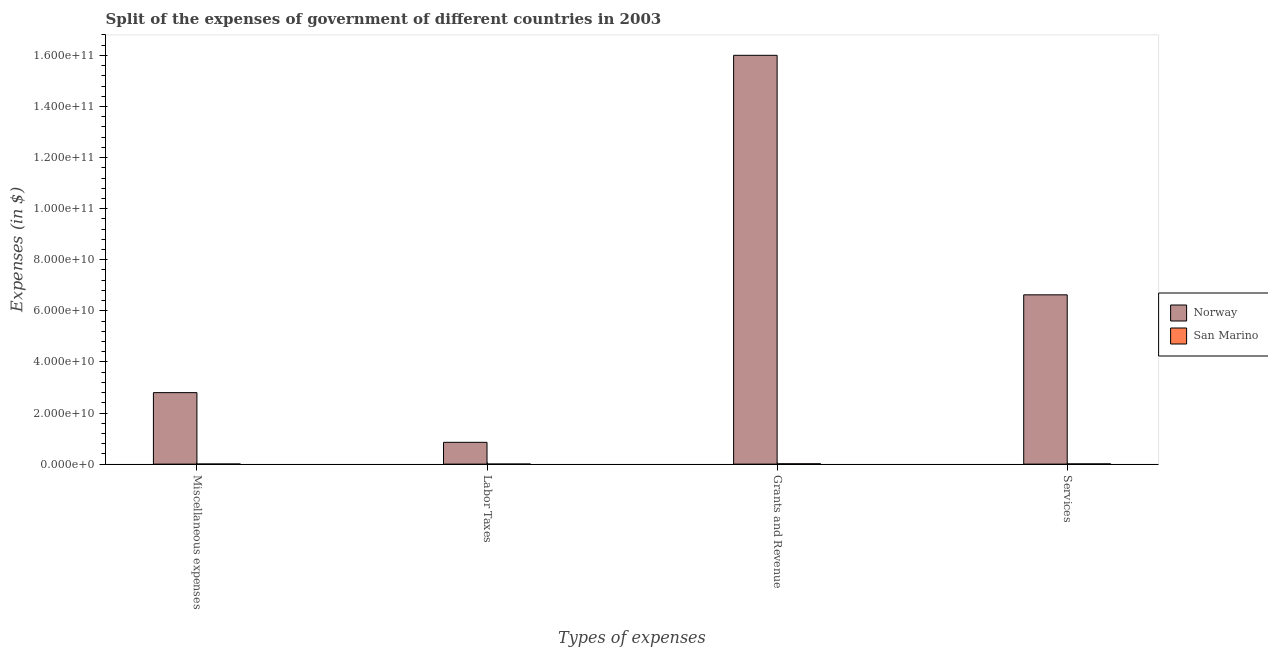
| Types of expenses | Norway | San Marino |
 | --- | --- | --- |
 | Miscellaneous expenses | 2.8e+10 | 2.96e+07 |
 | Labor Taxes | 8.53e+09 | 1.21e+07 |
 | Grants and Revenue | 1.6e+11 | 1.3e+08 |
 | Services | 6.63e+10 | 8.06e+07 |